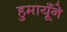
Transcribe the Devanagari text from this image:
हुमायूँने